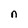
Character: n